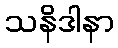
သနိဒါနာ